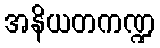
အနိယတကဏ္ဍ